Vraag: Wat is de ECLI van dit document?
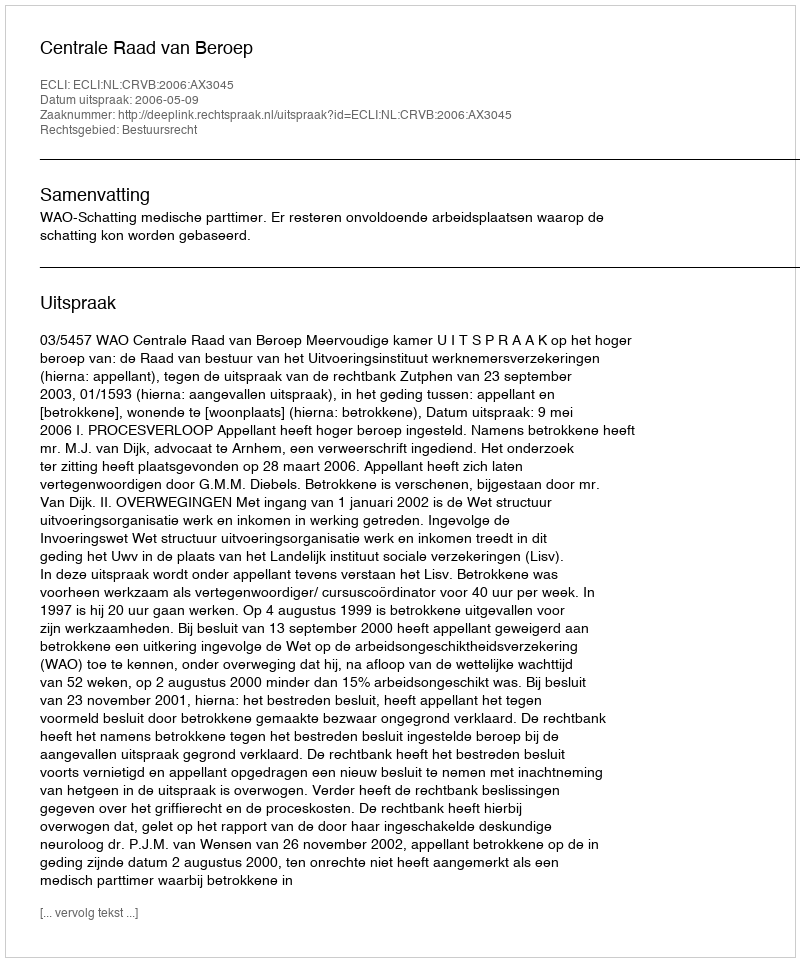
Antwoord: ECLI:NL:CRVB:2006:AX3045